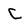
Character: C